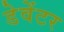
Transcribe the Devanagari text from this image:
डेवेंटर